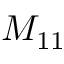
M _ { 1 1 }